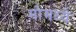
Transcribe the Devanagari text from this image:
मोमध्ये